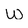
Character: w